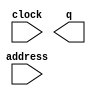
// megafunction wizard: %ROM: 1-PORT%VBB%
// GENERATION: STANDARD
// VERSION: WM1.0
// MODULE: altsyncram 

// ============================================================
// Megafunction Name(s):
// 			altsyncram
//
// Simulation Library Files(s):
// 			altera_mf
// ============================================================
// ************************************************************
// THIS IS A WIZARD-GENERATED FILE. DO NOT EDIT THIS FILE!
//
// 11.1 Build 259 01/25/2012 SP 2 SJ Full Version
// ************************************************************

//Copyright (C) 1991-2011 Altera Corporation
//Your use of Altera Corporation's design tools, logic functions 
//and other software and tools, and its AMPP partner logic 
//functions, and any output files from any of the foregoing 
//(including device programming or simulation files), and any 
//associated documentation or information are expressly subject 
//to the terms and conditions of the Altera Program License 
//Subscription Agreement, Altera MegaCore Function License 
//Agreement, or other applicable license agreement, including, 
//without limitation, that your use is for the sole purpose of 
//programming logic devices manufactured by Altera and sold by 
//Altera or its authorized distributors.  Please refer to the 
//applicable agreement for further details.

module ghostrom (
	address,
	clock,
	q);

	input	[6:0]  address;
	input	  clock;
	output	[5:0]  q;
`ifndef ALTERA_RESERVED_QIS
// synopsys translate_off
`endif
	tri1	  clock;
`ifndef ALTERA_RESERVED_QIS
// synopsys translate_on
`endif

endmodule

// ============================================================
// CNX file retrieval info
// ============================================================
// Retrieval info: PRIVATE: ADDRESSSTALL_A NUMERIC "0"
// Retrieval info: PRIVATE: AclrAddr NUMERIC "0"
// Retrieval info: PRIVATE: AclrByte NUMERIC "0"
// Retrieval info: PRIVATE: AclrOutput NUMERIC "0"
// Retrieval info: PRIVATE: BYTE_ENABLE NUMERIC "0"
// Retrieval info: PRIVATE: BYTE_SIZE NUMERIC "8"
// Retrieval info: PRIVATE: BlankMemory NUMERIC "0"
// Retrieval info: PRIVATE: CLOCK_ENABLE_INPUT_A NUMERIC "0"
// Retrieval info: PRIVATE: CLOCK_ENABLE_OUTPUT_A NUMERIC "0"
// Retrieval info: PRIVATE: Clken NUMERIC "0"
// Retrieval info: PRIVATE: IMPLEMENT_IN_LES NUMERIC "0"
// Retrieval info: PRIVATE: INIT_FILE_LAYOUT STRING "PORT_A"
// Retrieval info: PRIVATE: INIT_TO_SIM_X NUMERIC "0"
// Retrieval info: PRIVATE: INTENDED_DEVICE_FAMILY STRING "Cyclone II"
// Retrieval info: PRIVATE: JTAG_ENABLED NUMERIC "0"
// Retrieval info: PRIVATE: JTAG_ID STRING "NONE"
// Retrieval info: PRIVATE: MAXIMUM_DEPTH NUMERIC "0"
// Retrieval info: PRIVATE: MIFfilename STRING "ghost.mif"
// Retrieval info: PRIVATE: NUMWORDS_A NUMERIC "128"
// Retrieval info: PRIVATE: RAM_BLOCK_TYPE NUMERIC "0"
// Retrieval info: PRIVATE: RegAddr NUMERIC "1"
// Retrieval info: PRIVATE: RegOutput NUMERIC "1"
// Retrieval info: PRIVATE: SYNTH_WRAPPER_GEN_POSTFIX STRING "0"
// Retrieval info: PRIVATE: SingleClock NUMERIC "1"
// Retrieval info: PRIVATE: UseDQRAM NUMERIC "0"
// Retrieval info: PRIVATE: WidthAddr NUMERIC "7"
// Retrieval info: PRIVATE: WidthData NUMERIC "6"
// Retrieval info: PRIVATE: rden NUMERIC "0"
// Retrieval info: LIBRARY: altera_mf altera_mf.altera_mf_components.all
// Retrieval info: CONSTANT: CLOCK_ENABLE_INPUT_A STRING "BYPASS"
// Retrieval info: CONSTANT: CLOCK_ENABLE_OUTPUT_A STRING "BYPASS"
// Retrieval info: CONSTANT: INIT_FILE STRING "ghost.mif"
// Retrieval info: CONSTANT: INTENDED_DEVICE_FAMILY STRING "Cyclone II"
// Retrieval info: CONSTANT: LPM_HINT STRING "ENABLE_RUNTIME_MOD=NO"
// Retrieval info: CONSTANT: LPM_TYPE STRING "altsyncram"
// Retrieval info: CONSTANT: NUMWORDS_A NUMERIC "128"
// Retrieval info: CONSTANT: OPERATION_MODE STRING "ROM"
// Retrieval info: CONSTANT: OUTDATA_ACLR_A STRING "NONE"
// Retrieval info: CONSTANT: OUTDATA_REG_A STRING "CLOCK0"
// Retrieval info: CONSTANT: WIDTHAD_A NUMERIC "7"
// Retrieval info: CONSTANT: WIDTH_A NUMERIC "6"
// Retrieval info: CONSTANT: WIDTH_BYTEENA_A NUMERIC "1"
// Retrieval info: USED_PORT: address 0 0 7 0 INPUT NODEFVAL "address[6..0]"
// Retrieval info: USED_PORT: clock 0 0 0 0 INPUT VCC "clock"
// Retrieval info: USED_PORT: q 0 0 6 0 OUTPUT NODEFVAL "q[5..0]"
// Retrieval info: CONNECT: @address_a 0 0 7 0 address 0 0 7 0
// Retrieval info: CONNECT: @clock0 0 0 0 0 clock 0 0 0 0
// Retrieval info: CONNECT: q 0 0 6 0 @q_a 0 0 6 0
// Retrieval info: GEN_FILE: TYPE_NORMAL ghostrom.v TRUE
// Retrieval info: GEN_FILE: TYPE_NORMAL ghostrom.inc FALSE
// Retrieval info: GEN_FILE: TYPE_NORMAL ghostrom.cmp FALSE
// Retrieval info: GEN_FILE: TYPE_NORMAL ghostrom.bsf FALSE
// Retrieval info: GEN_FILE: TYPE_NORMAL ghostrom_inst.v FALSE
// Retrieval info: GEN_FILE: TYPE_NORMAL ghostrom_bb.v TRUE
// Retrieval info: LIB_FILE: altera_mf